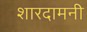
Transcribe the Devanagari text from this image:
शारदामनी